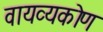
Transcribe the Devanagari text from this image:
वायव्यकोण